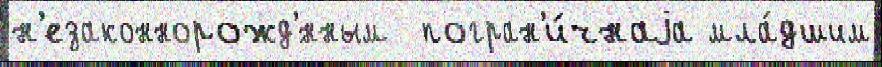
н'езаконнорожд'́нным  погран'и́чнаjа мла́дшим